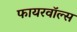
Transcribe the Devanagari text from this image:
फायरवॉल्स